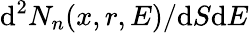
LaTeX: \textup d^{2}N_{n}(x,r,E)/\textup dS\textup dE